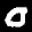
Label: 0